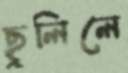
ছুলিলে